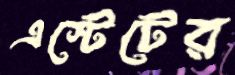
এস্টেটের